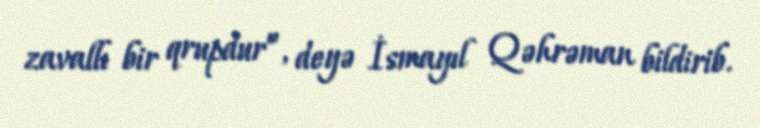
zavallı bir qrupdur”, deyə İsmayıl Qəhrəman bildirib.